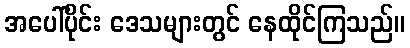
အပေါ်ပိုင်း ဒေသများတွင် နေထိုင်ကြသည်။